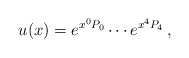
\begin{align*}u(x)=e^{x^{0}P_{0}}\cdots e^{x^{4}P_{4}}\, ,\end{align*}